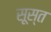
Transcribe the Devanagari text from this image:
सूस्त